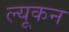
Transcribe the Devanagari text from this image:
ल्यूकन